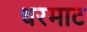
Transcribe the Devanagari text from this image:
धरमाट